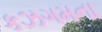
કઝગમના